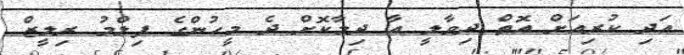
އަދި ކުރިއަށް އޮތް ދިވާލީ އާ ދިމާކޮށް ދެ މީހުންގެ ފިލްމު ރިލީޒް